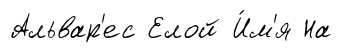
Альвар'ес Елой И́м'я На